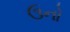
ઉનો